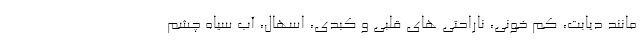
مانند دیابت، کم خونی، ناراحتی های قلبی و کبدی، اسهال، آب سیاه چشم